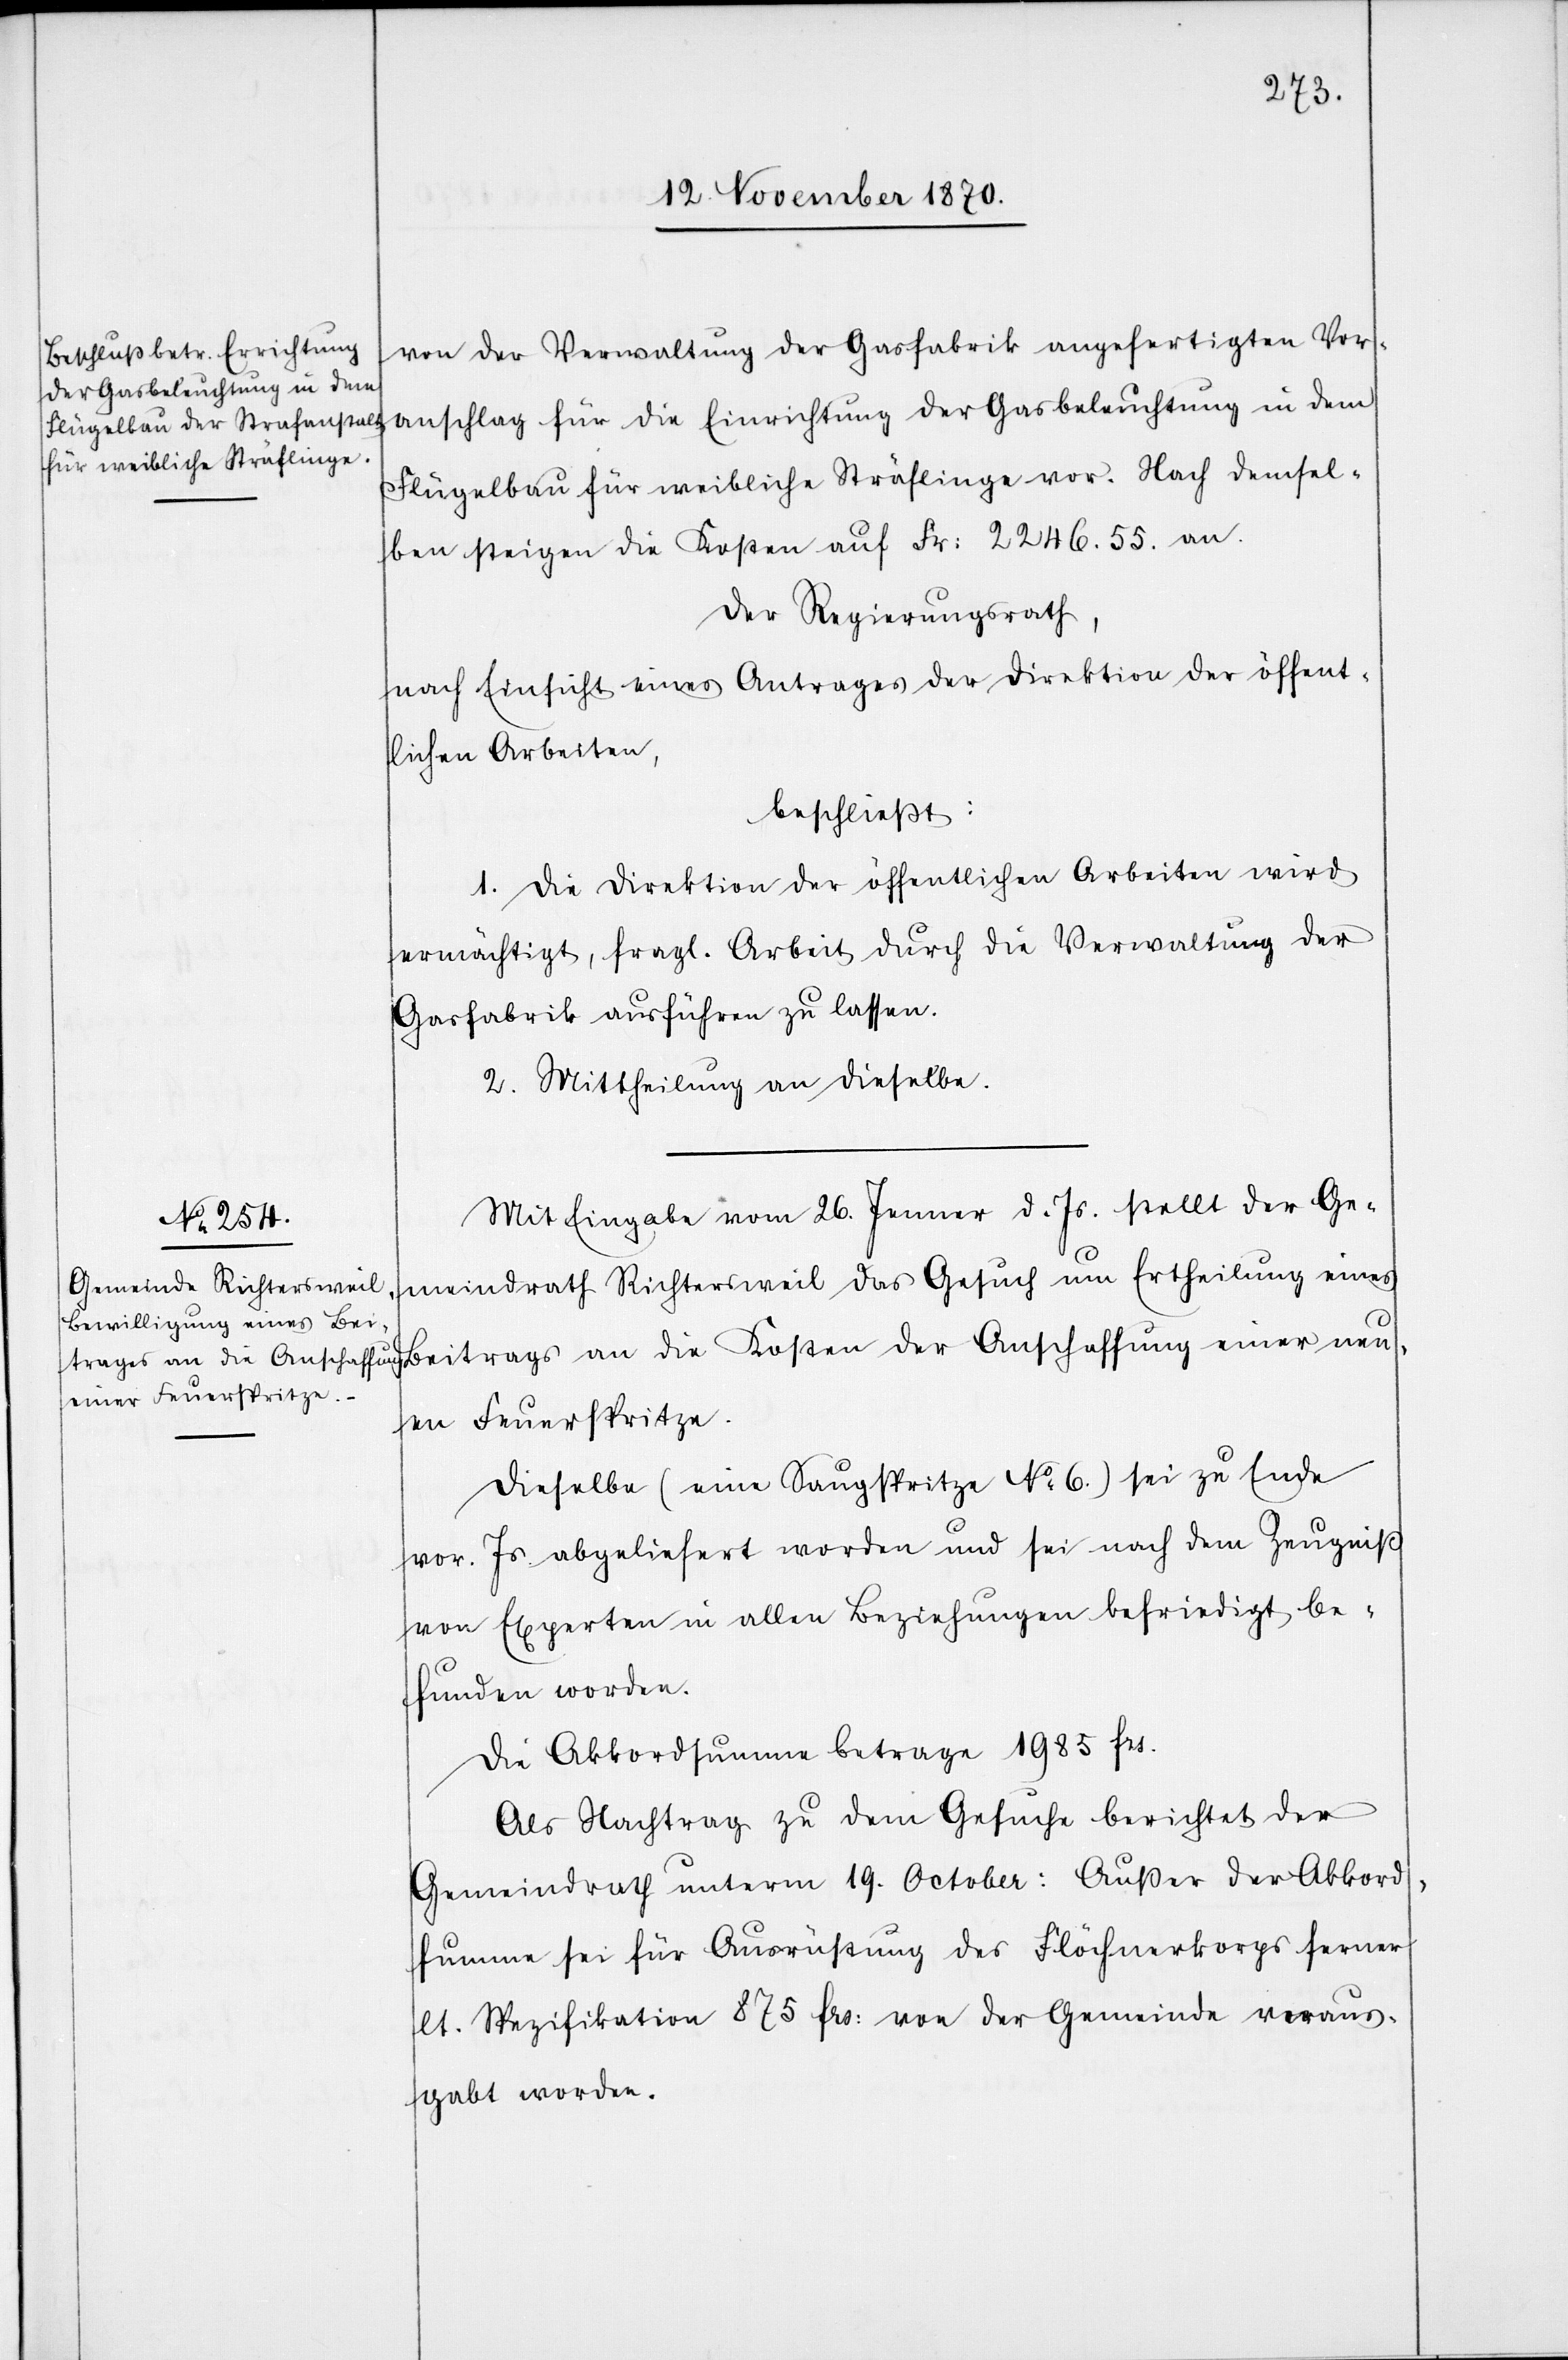
von der Verwaltung der Gasfabrik angefertigten Vor¬
anschlag für die Einrichtung der Gasbeleuchtung in dem
Flügelbau für weibliche Sträflinge vor. Nach demsel¬
ben steigen die Kosten auf Fr: 2246.55. an.
Der Regierungsrath,
nach Einsicht eines Antrages der Direktion der öffent¬
lichen Arbeiten,
beschließt:
1. Die Direktion der öffentlichen Arbeiten wird
ermächtigt, fragl. Arbeit durch die Verwaltung der
Gasfabrik ausführen zu lassen.
2. Mittheilung an dieselbe.
Mit Eingabe vom 26. Jenner d. Js. stellt der Ge¬
meindrath Richtersweil das Gesuch um Ertheilung eines
Beitrags an die Kosten der Anschaffung einer neu¬
en Feuerspritze.
Dieselbe (eine Feuerspritze No 6) sei zu Ende
vor. Js. abgeliefert worden und sei nach dem Zeugniß
von Experten in allen Beziehungen befriedigt be¬
funden worden.
Die Akkordsumme betrage 1985 Frs.
Als Nachtrag zu dem Gesuche berichtet der
Gemeindrath unterm 19. October: Außer der Akkord¬
summe sei für Ausrüstung des Flöcknerkorps ferner
lt. Spezifikation 875 Frs: von der Gemeinde veraus¬
gabt worden.